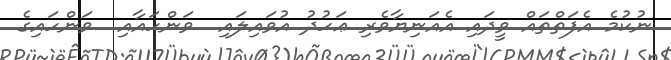
ނުކުމެ އެފަތްތައް ވީދައި އެއަނިޔާވެރި ޢަހުދު އުވައިލައި  ވަންހައާއި  ވަންހައިގެ